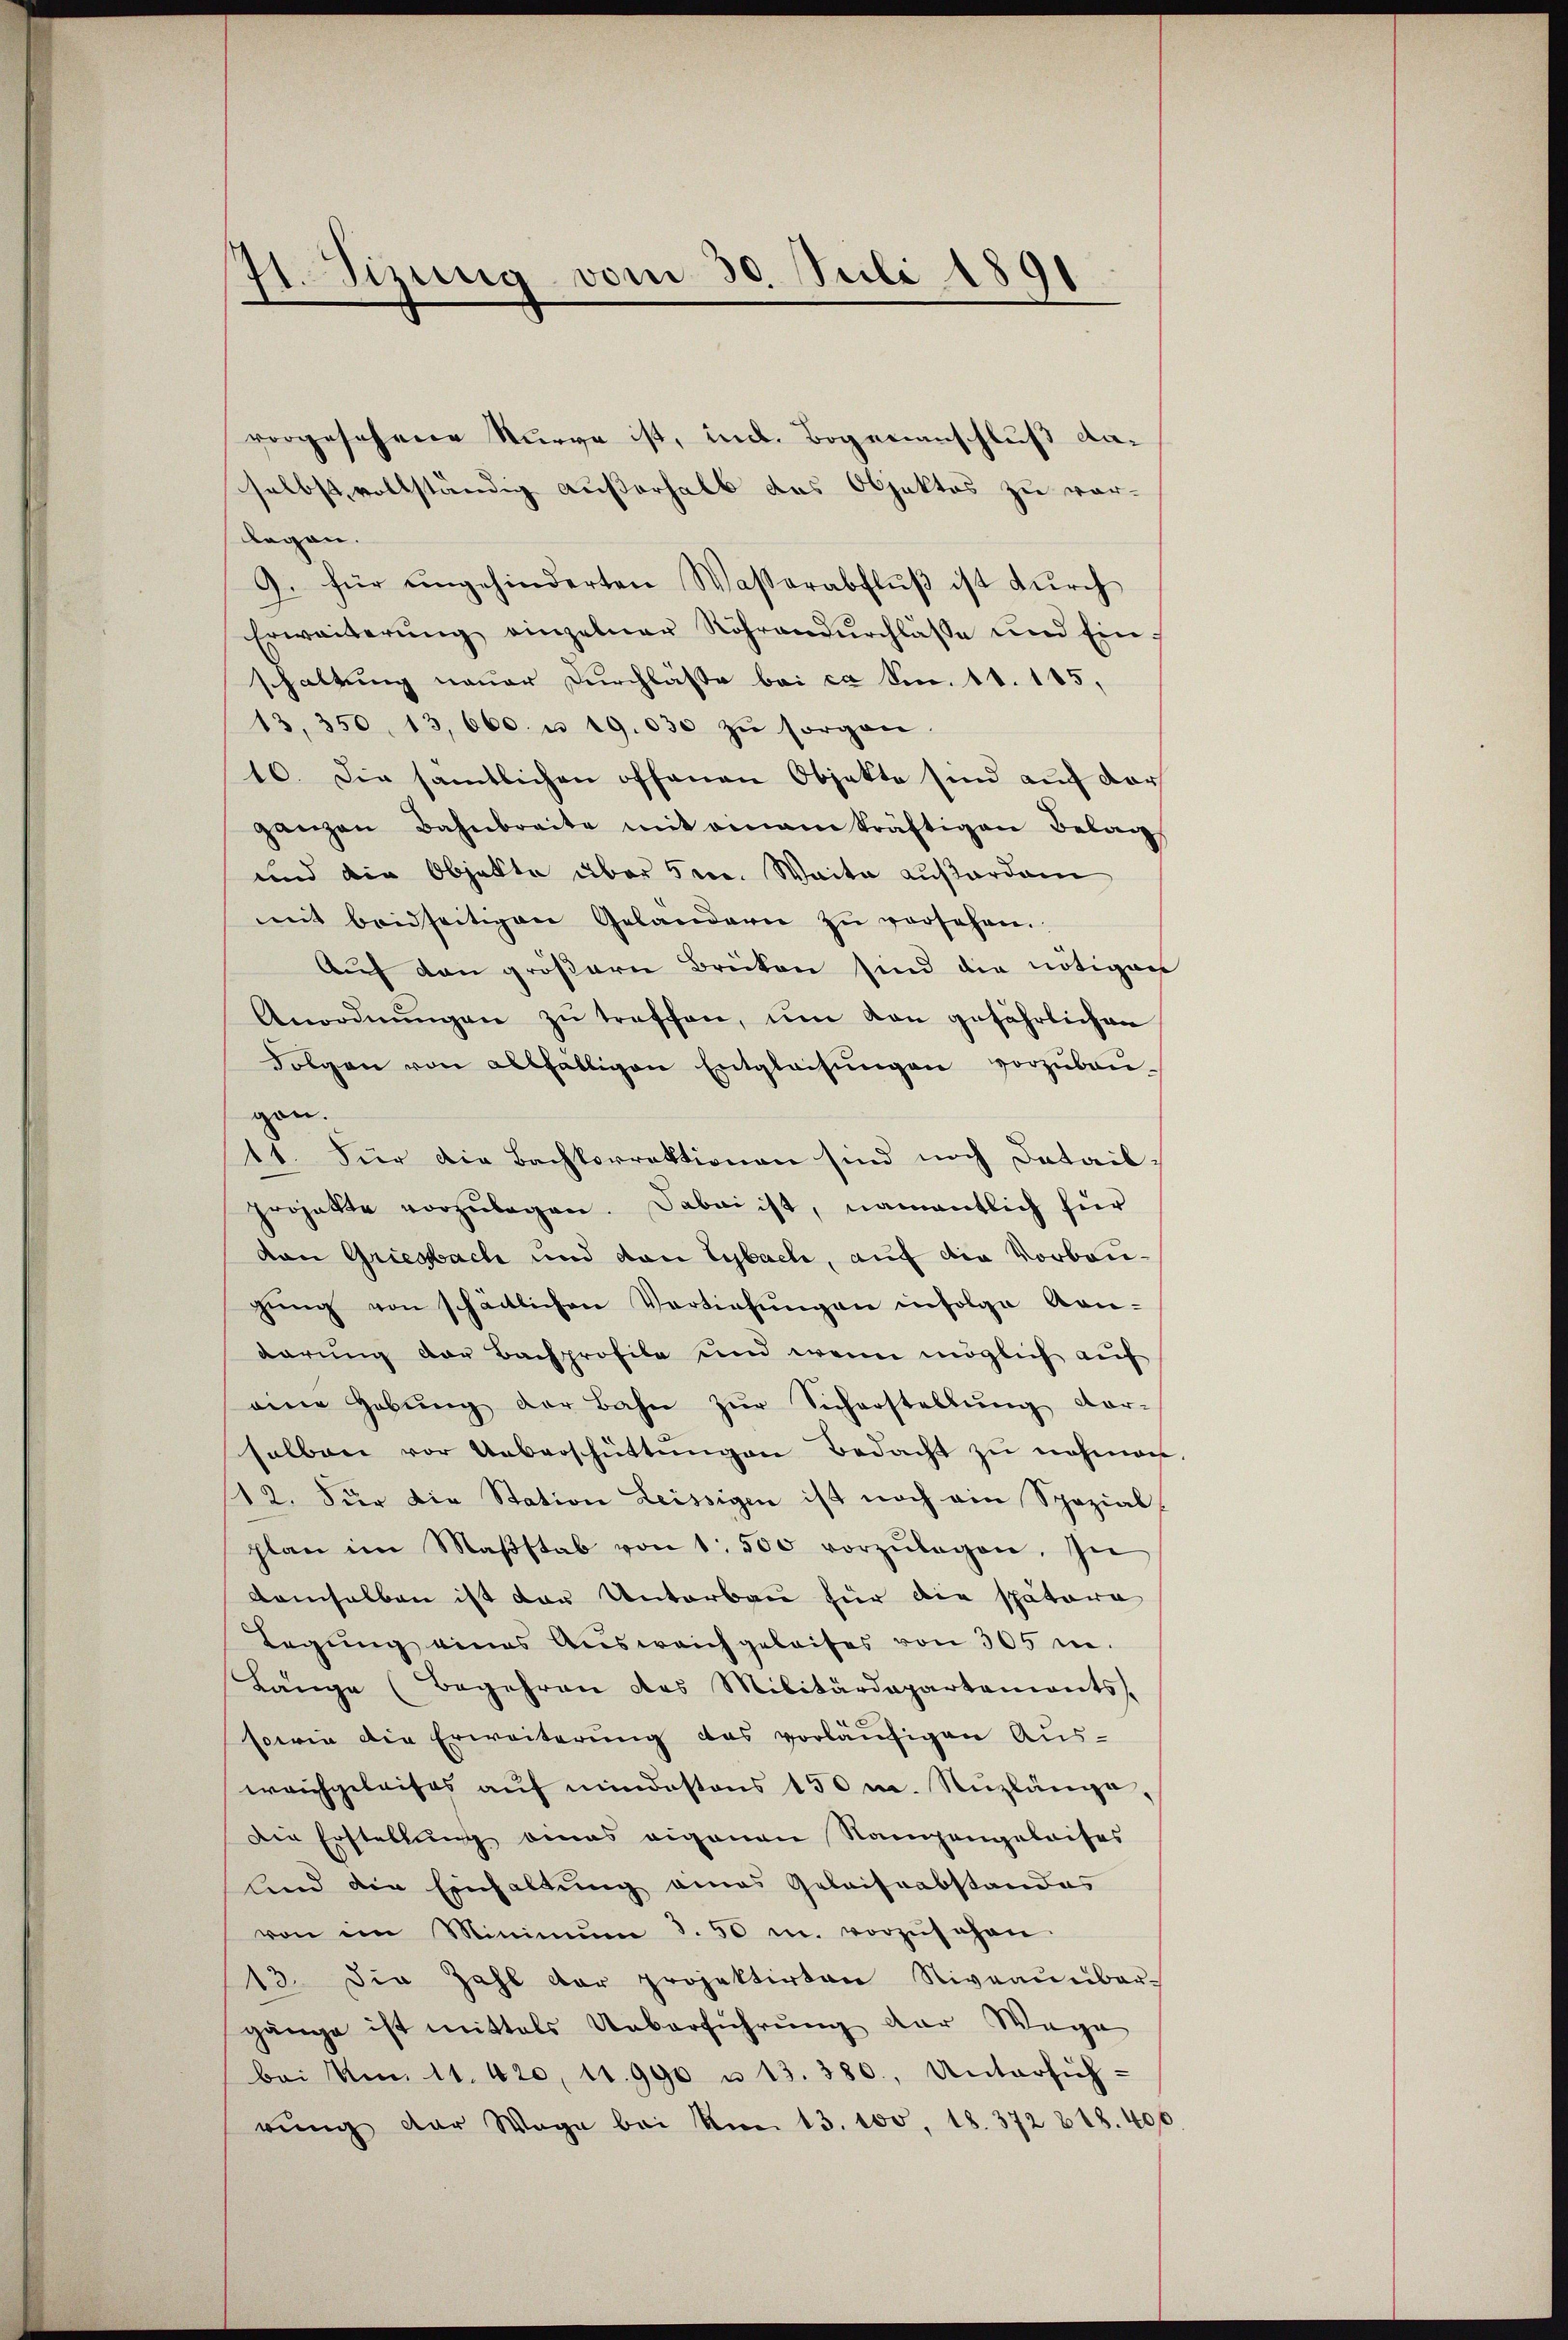
41. Sizung vom 30. Juli 1891

vorgesehene Kurve ist, und Bogenanschluß daselbst vollständig außerhalb das Objektes zu vor-
legen.
9. für ungehinderten Wasserabflŭβ ist dŭrch
Erweiterŭng einzelner Röhrendurchlasse und Einschaltung neuer Durchläste bei ca Secc. 11. 145,
13. 350, 13,660. u 19.030 zŭ sorgen.
16. Die sämtlichen offenen Objekte sind auch dar
ganzen Bahnbreite mit einam kräftigen Belag
und die Objekte über 5. Weite außerdam
mit beidseitigen Geländern zŭ versehen.
Aŭf den größern Brücken sind die nötigen
Anordnŭngen zŭ treffen, um von gefährlichen
Folgen von allfälligen Entgleitŭngen vorzŭbaŭ-
gen.
11. Für die Bachkorrektionen sind noch datailprojekte vorzŭlegen. Dabei ist, namentlich hier
van Griesbach und den Eybach, auf die Vorbaugŭng von schärtlichen Vertiefŭngen infolge An-
darung der Bachprofile und wenn möglich auf
eine Hebŭng der Bahn zŭr Sicherstellŭng vor-
halben vor Ueberschüttŭngen Bedacht zu nehmen
12. Für die Station Leissigen ist noch ein Spezial-
plan im Maβstab von 1. 500 vorzŭlegen. In
demselben ist der Unterbau für die spätora
Legung eines Aŭsweichgeleises von 305 m.
Länge (Begehren das Militärdepartements
sowie die Erweiterung das vorläufigen Aus-
weichgeleises aŭf mindestens 150 m. Nŭzlänge,
Die Erstellŭng eines eigenen Rampengeleises
lnd die Einhaltung eines Gelaissabstandes
von im Minimŭm I. 50 m. vorzŭsehen.
13. Die Zahl der projektirten Niveaunbar-
gänge ist mittels Ueberführŭng der Wege
bei Um 11. 420, 11. 990 u. 13. 380, Untersich-
rŭng der Wege bei Am 13. 100. 18. 372 818. 400